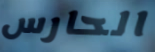
الحارس